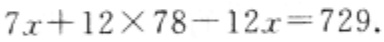
$7x + 12\times78 - 12x = 729$